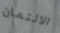
الائتمان